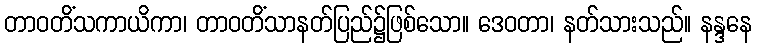
တာဝတိံသကာယိကာ၊ တာဝတိံသာနတ်ပြည်၌ဖြစ်သော။ ဒေဝတာ၊ နတ်သားသည်။ နန္ဒနေ